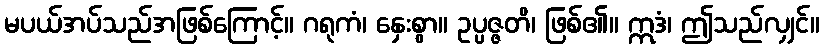
မပယ်အပ်သည်အဖြစ်ကြောင့်။ ဂရုကံ၊ နှေးစွာ။ ဥပ္ပဇ္ဇတိ၊ ဖြစ်၏။ ဣဒံ၊ ဤသည်လျှင်။